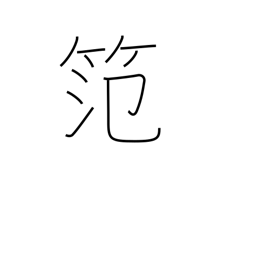
Meaning: bamboo frame